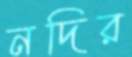
নদির